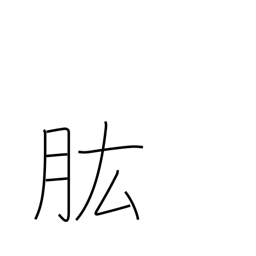
Meaning: ability